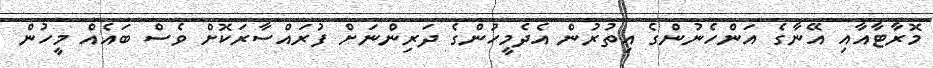
މޮރާޓާއާއި އޭނާގެ އަންހެނުންގެ އިތުރުން އެދެމީހުންގެ ދަރިންނަށް ފުރައްސާރަކޮށް ވެސް ބައެއް މީހުން